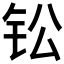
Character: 𫓪